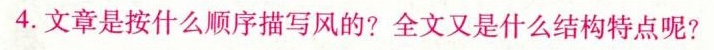
4.文章是按什么顺序描写风的?全文又是什么结构特点呢?